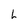
Character: h